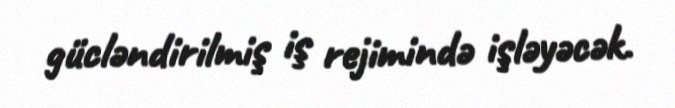
gücləndirilmiş iş rejimində işləyəcək.